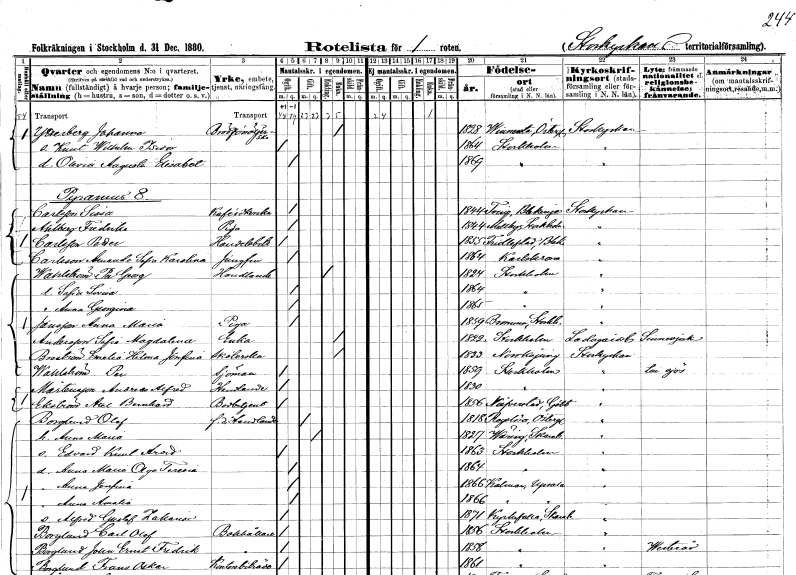
gt_parse: households: individuals: FN: Johanna
EN: Ytterberg
YRKE: Brödförsäljerska
KON: K
CIV: E
FODAR: 1828
FODFORS: Vinnerstad Östergötlands län
FN: Knut Wilhelm Isidor
KON: M
CIV: O
FODAR: 1864
FODFORS: Stockholm
FN: Olivia Augusta Elisabet
KON: K
CIV: O
FODAR: 1869
FODFORS: Stockholm
FN: Sissa
EN: Carlsson
YRKE: Kaféidkerska
KON: K
CIV: O
FODAR: 1844
FODFORS: Tving Blekinge län
FN: Fredrika
EN: Ahlberg
YRKE: Piga
KON: K
CIV: O
FODAR: 1844
FODFORS: Vallby Södermanlands län
FN: Petter
EN: Carlsson
YRKE: Handelsbiträde
KON: K
CIV: O
FODAR: 1855
FODFORS: Fridlevstad Blekinge län
FN: Amanda Sofia Karolina
EN: Carlsson
YRKE: Jungfru
KON: K
CIV: O
FODAR: 1864
FODFORS: Karlskrona Blekinge län
FN: Per Georg
EN: Wahlström
YRKE: Handlande
KON: M
CIV: E
FODAR: 1824
FODFORS: Stockholm
FN: Sofia Lovisa
KON: K
CIV: O
FODAR: 1864
FODFORS: Stockholm
FN: Anna Georgina
KON: K
CIV: O
FODAR: 1865
FODFORS: Stockholm
FN: Anna Maria
EN: Jansson
YRKE: Piga
KON: K
CIV: O
FODAR: 1859
FODFORS: Bromma Stockholms län
FN: Sofia Magdalena
EN: Andersson
YRKE: Änka
KON: K
CIV: E
FODAR: 1822
FODFORS: Stockholm
FN: Emelia Hilma Josefina
EN: Broström
YRKE: Sköterska
KON: K
CIV: O
FODAR: 1833
FODFORS: Norrköping Östergötlands län
FN: Per
EN: Wahlström
YRKE: Sjöman
KON: M
CIV: O
FODAR: 1859
FODFORS: Stockholm
FN: Andreas Alfred
EN: Mårtensson
YRKE: Handlande
KON: M
CIV: O
FODAR: 1830
FODFORS: Stockholm
FN: Axel Bernhard
EN: Ekström
YRKE: Bodbetjänt
KON: M
CIV: O
FODAR: 1856
FODFORS: Naverstad Göteborgs- och Bohuslän
FN: Olof
EN: Borglund
YRKE: Handlande f.d.
KON: M
CIV: G
FODAR: 1818
FODFORS: Rogslösa Östergötlands län
FN: Anna Maria
KON: K
CIV: G
FODAR: 1827
FODFORS: Väring Skaraborgs län
FN: Edvard Knut Arvid
KON: M
CIV: O
FODAR: 1863
FODFORS: Stockholm
FN: Anna Maria Olga Teresia
KON: K
CIV: O
FODAR: 1864
FODFORS: Stockholm
FN: Alma Josefina
KON: K
CIV: O
FODAR: 1866
FODFORS: Kalmar Uppsala län
FN: Anna Amalia
KON: K
CIV: O
FODAR: 1866
FODFORS: Kalmar Uppsala län
FN: Alfred Gustaf Zakarias
KON: M
CIV: O
FODAR: 1871
FODFORS: Kyrkefalla Skaraborgs län